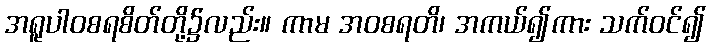
အရူပါဝစရစိတ်တို့၌လည်း။ ကာမ အဝစရတိ၊ အကယ်၍ကား သက်ဝင်၍